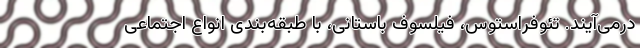
درمی‌آیند. تئوفراستوس، فیلسوف باستانی، با طبقه‌بندی انواع اجتماعیِ